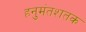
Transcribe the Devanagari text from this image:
हनुमंतशतक